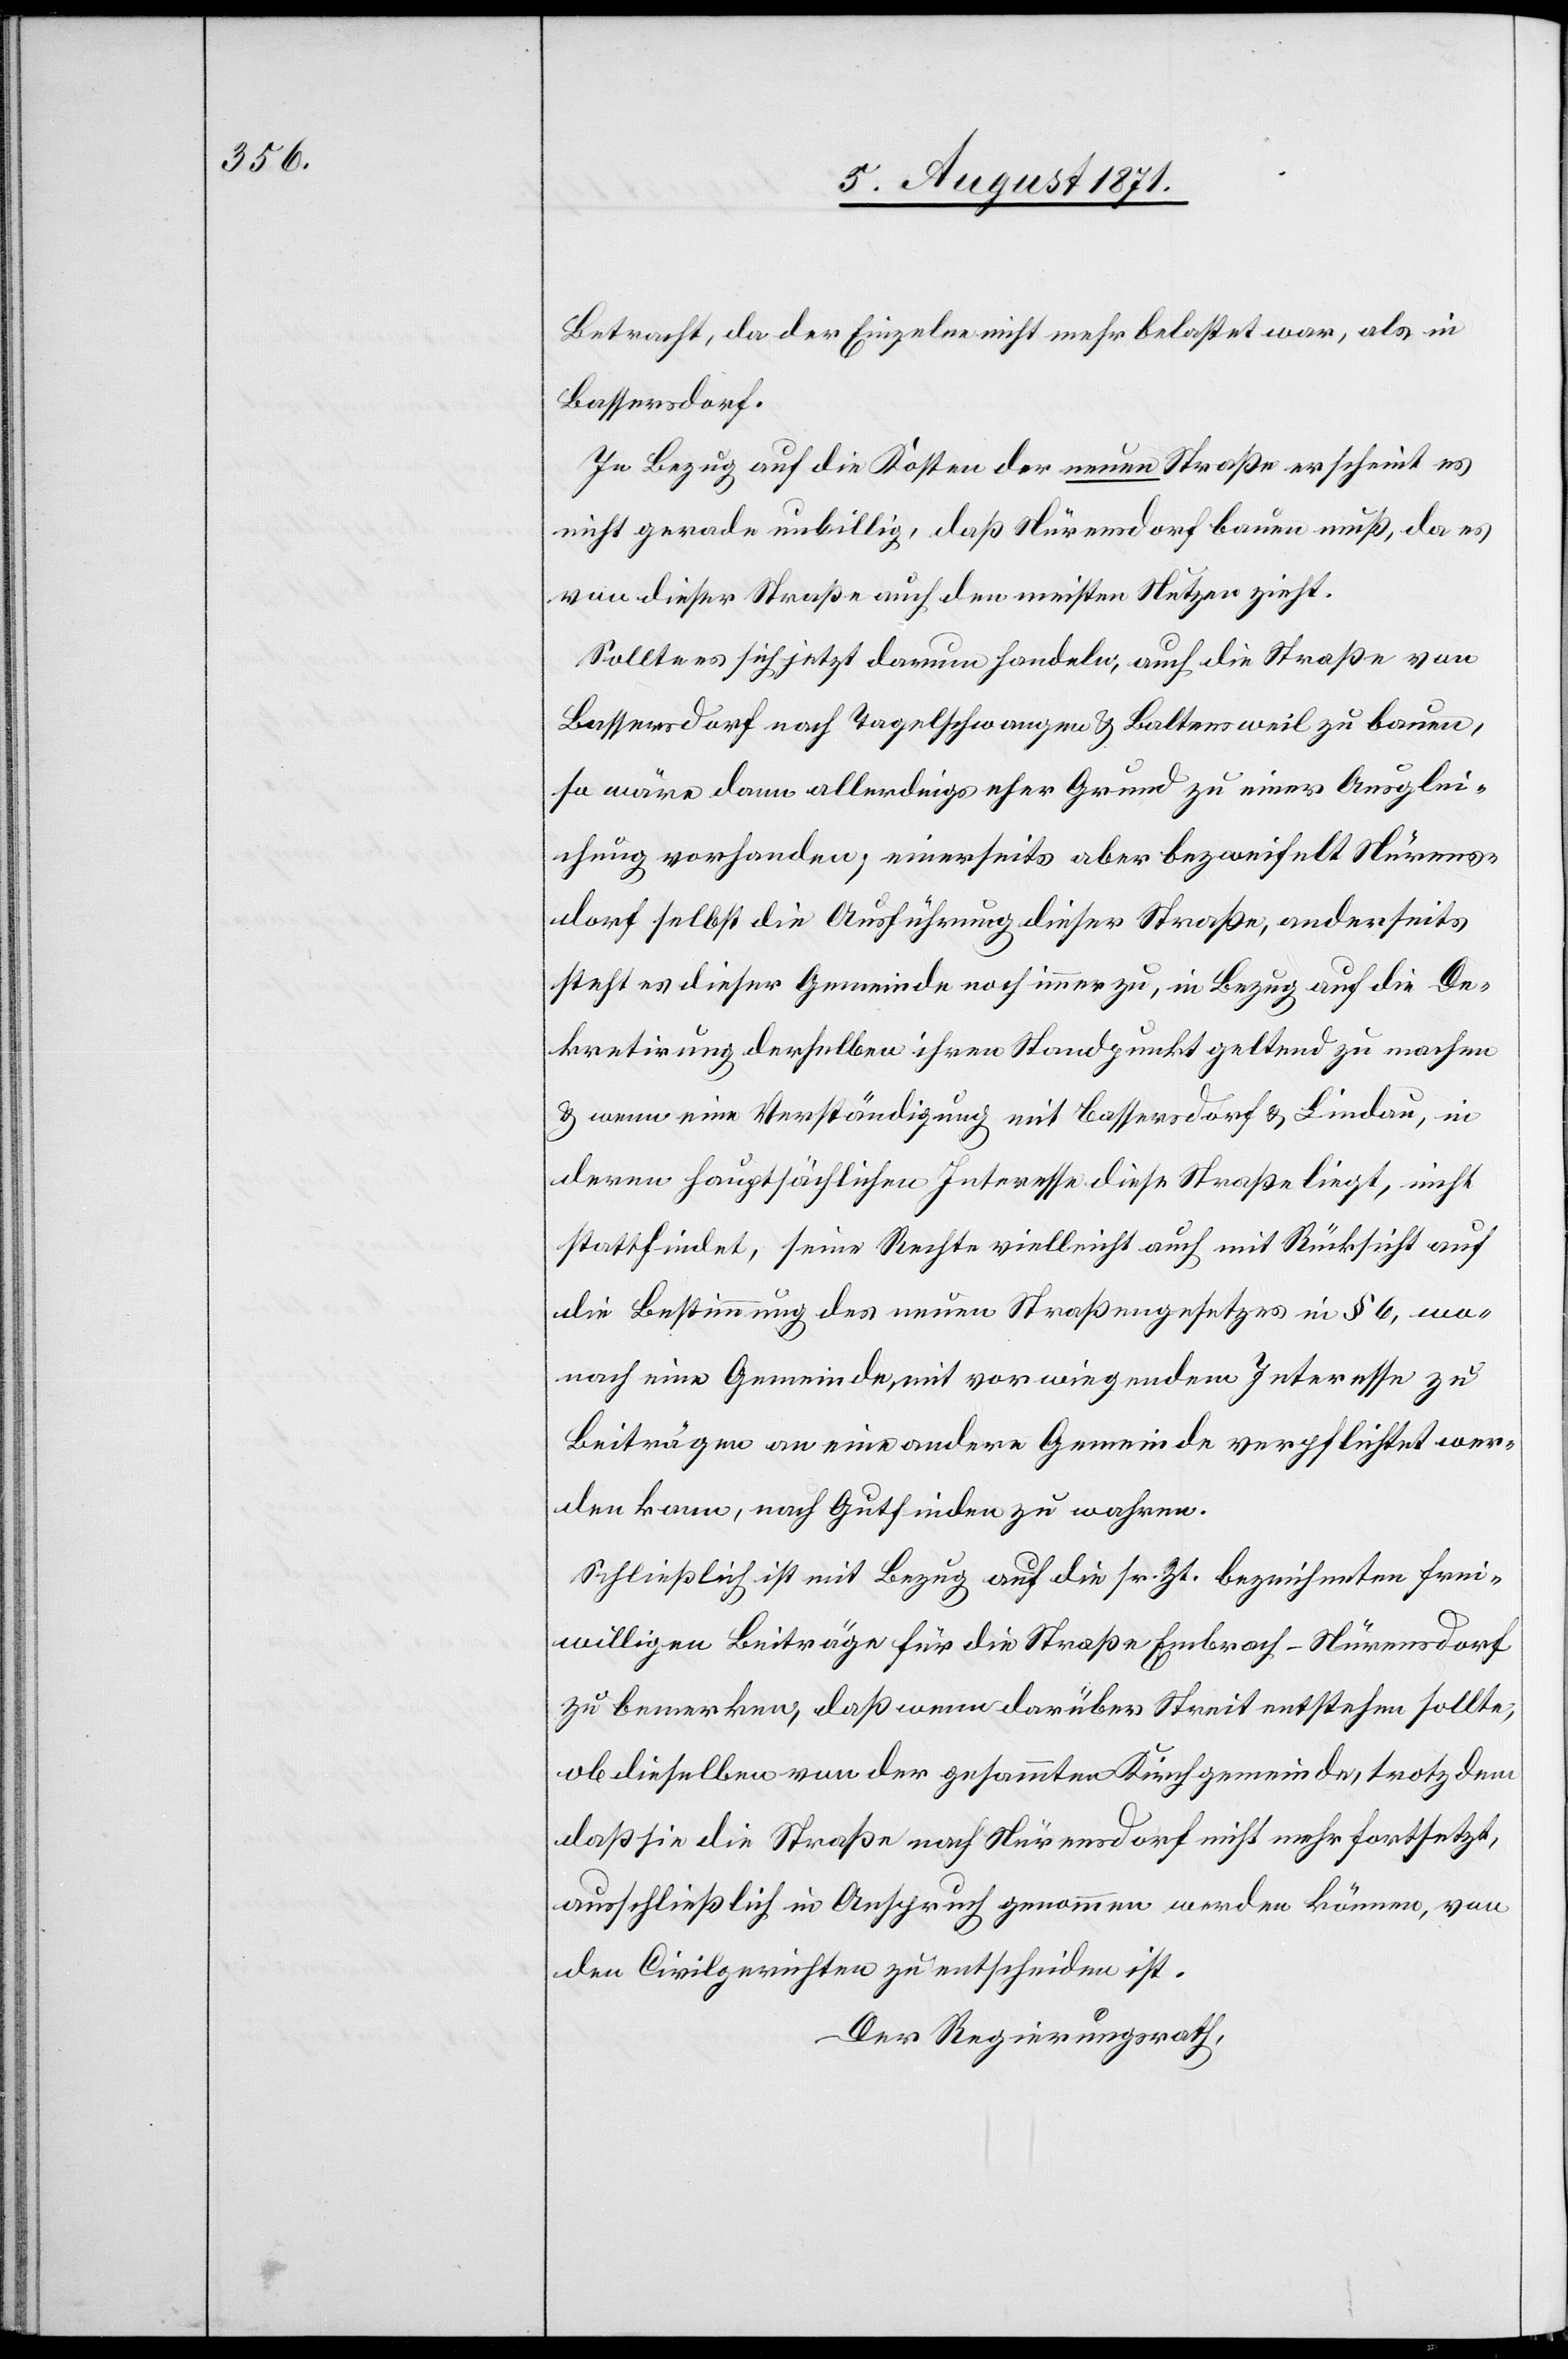
Betracht, da der Einzelne nicht mehr belastet war, als in
Bassersdorf.
In Bezug auf die Kosten der neuen Straße erscheint es
nicht gerade unbillig, daß Nürensdorf bauen muß, da es
von dieser Straße auch den meisten Nutzen zieht.
Sollte es sich jetzt darum handeln, auch die Straße von
Bassersdorf nach Tagelschwangen u. Baltensweil zu bauen,
so wäre dann allerdings eher Grund zu einer Ausglei¬
chung vorhanden; einerseits aber bezweifelt Nürens¬
dorf selbst die Ausführung dieser Straße, anderseits
steht es dieser Gemeinde noch immer zu, in Bezug auf die De¬
kretirung derselben ihren Standpunkt geltend zu machen
u. wenn eine Verständigung mit Bassersdorf u. Lindau, in
deren hauptsächlichen Interesse diese Straße liegt, nicht
stattfinde, seine Rechte vielleicht auch mit Rücksicht auf
die Bestimmung des neuen Straßengesetzes in § 6, wo¬
nach eine Gemeinde, mit vorwiegendem Interesse zu
Beiträgen an eine andere Gemeinde verpflichtet wer¬
den kann, nach Gutfinden zu wahren.
Schließlich ist mit Bezug auf die sr. Zt. bezeichneten frei¬
willigen Beiträge für die Straße Embrach–Nürensdorf
zu bemerken, daß wenn darüber Streit entstehen sollte,
ob dieselben von der gesammten Kirchgemeinde, trotz dem
daß sie die Straße nach Nürensdorf nicht mehr fortsetzt,
ausschließlich in Anspruch genommen werden können, von
den Civilgerichten zu entscheiden ist.
Der Regierungsrath,